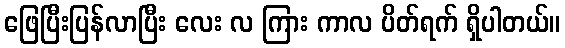
ဖြေပြီးပြန်လာပြီး လေး လ ကြား ကာလ ပိတ်ရက် ရှိပါတယ်။